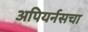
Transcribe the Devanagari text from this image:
अपियर्नसचा